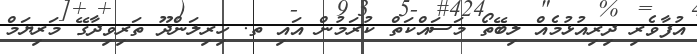
އުފާވެރި ދިރިއުޅުމެއް ލިބޭތޯ މަސައްކަތް ކުރަމުން އައި ތ. ހިރިލަންދޫ ތަރިވިދާގޭ މަރިޔަމް